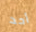
أحد